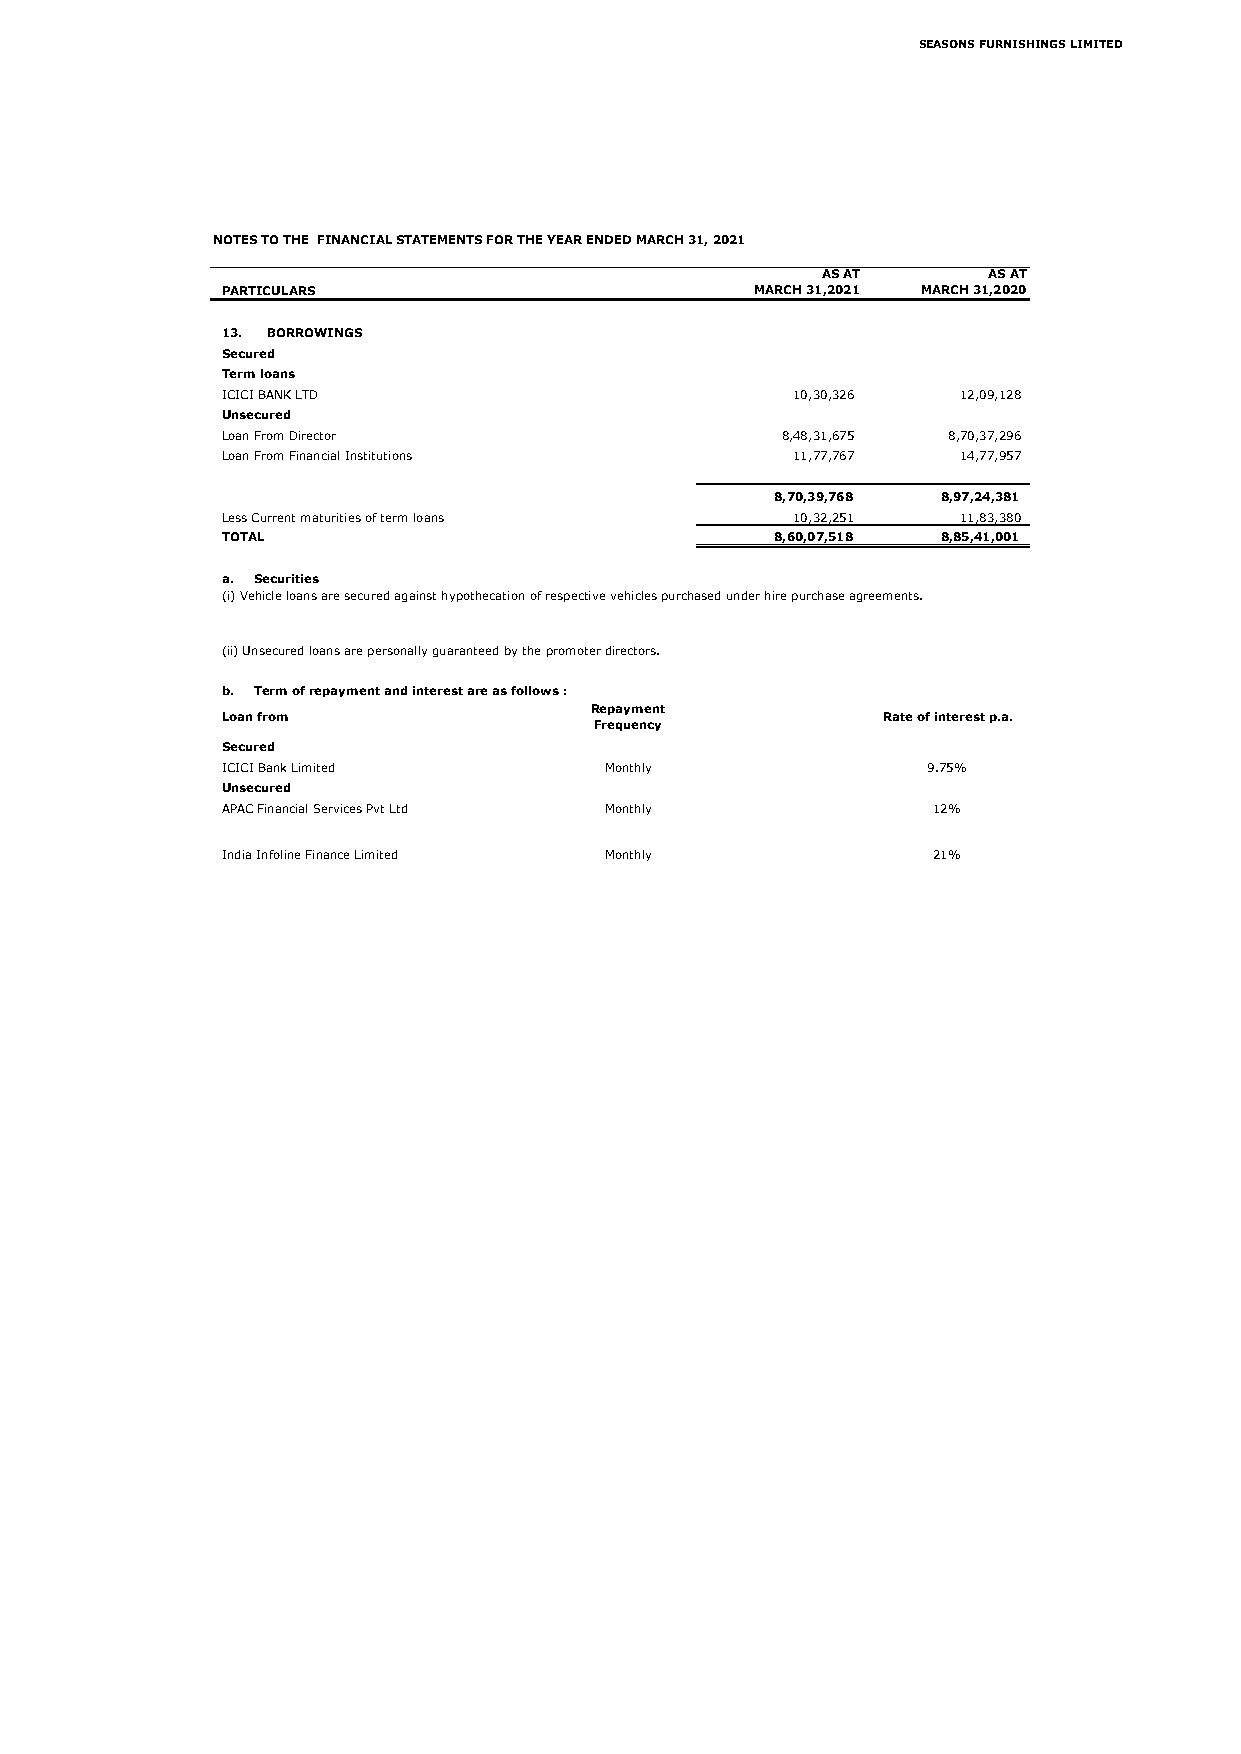
SEASONS FURNISHINGS LIMITED
 NOTES TO THE FINANCIAL STATEMENTS FOR THE YEAR ENDED MARCH 31, 2021
 AS AT      AS AT
 PARTICULARS                        MARCH 31,2021 MARCH 31,2020
 13. BORROWINGS
 Secured
 Term loans
 ICICI BANK LTD                       1 0,30,326  1 2,09,128
 Unsecured
 Loan From Director                   8 ,48,31,675 8 ,70,37,296
 Loan From Financial Institutions     1 1,77,767  1 4,77,957
 8 ,70,39,768 8 ,97,24,381
 Less Current maturities of term loans 10,32,251  1 1,83,380
 TOTAL                               8 ,60,07,518 8 ,85,41,001
 a. Securities
 (i) Vehicle loans are secured against hypothecation of respective vehicles purchased under hire purchase agreements.
 (ii) Unsecured loans are personally guaranteed by the promoter directors.
 b. Term of repayment and interest are as follows :
 Repayment
 Loan from                                  Rate of interest p.a.
 Frequency
 Secured
 ICICI Bank Limited       Monthly              9.75%
 Unsecured
 APAC Financial Services Pvt Ltd Monthly        12%
 India Infoline Finance Limited Monthly         21%